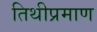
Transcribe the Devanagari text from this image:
तिथीप्रमाण